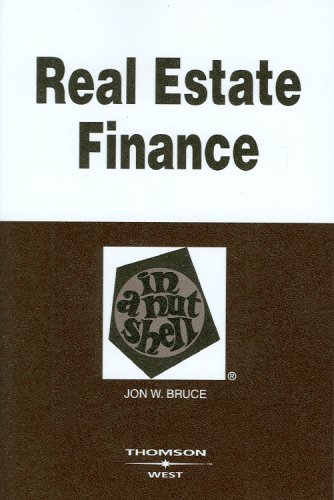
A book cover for Real Estate Finance in a Nutshell; Jon Bruce; Business & Money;